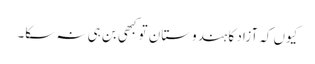
کیوں کہ آزاد کا ہندوستان تو کبھی بن ہی نہ سکا۔